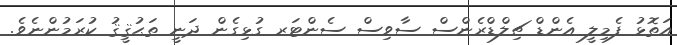
އަތޮޅު ފެމިލީ އެންޑް ޗިލްޑްރެންސް ސާވިސް ސެންޓަރ ގުޅިގެން ދަނީ ތަޙުޤީޤު ކުރަމުންނެވެ.